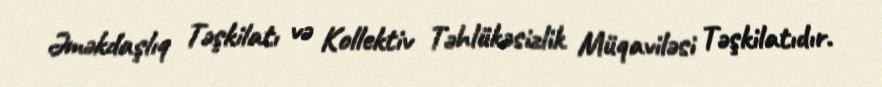
Əməkdaşlıq Təşkilatı və Kollektiv Təhlükəsizlik Müqaviləsi Təşkilatıdır.